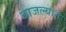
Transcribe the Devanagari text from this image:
वाजल्याने